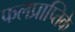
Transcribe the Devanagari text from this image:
फलप्राप्तिके